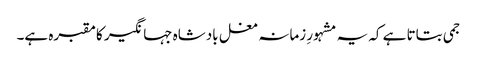
جمی بتاتا ہے کہ یہ مشہورِ زمانہ مغل بادشاہ جہانگیر کا مقبرہ ہے۔